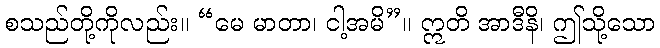
စသည်တို့ကိုလည်း။ “မေ မာတာ၊ ငါ့အမိ”။ ဣတိ အာဒီနိ၊ ဤသို့သော